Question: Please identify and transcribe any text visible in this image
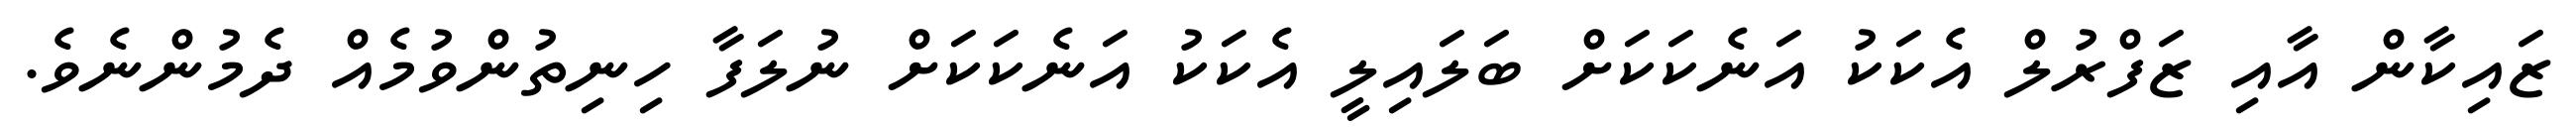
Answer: ޒައިކާން އާއި ޒަފްރުލް އެކަކު އަނެކަކަށް ބަލައިލީ އެކަކު އަނެކަކަށް ނުލަފާ ހިނިތުންވުމެއް ދެމުންނެވެ.